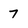
Character: 7